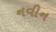
નવીન